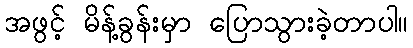
အဖွင့် မိန့်ခွန်းမှာ ပြောသွားခဲ့တာပါ။